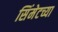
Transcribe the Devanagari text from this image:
सिंमेटच्या